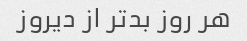
هر روز بدتر از دیروز